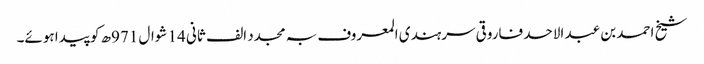
شیخ احمد بن عبد الاحد فاروقی سرہندی المعروف بہ مجدد الف ثانی 14 شوال 971ھ کو پیدا ہوئے۔